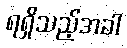
ရရှိသည့်အခါ